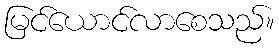
မြင်ယောင်လာစေသည်။